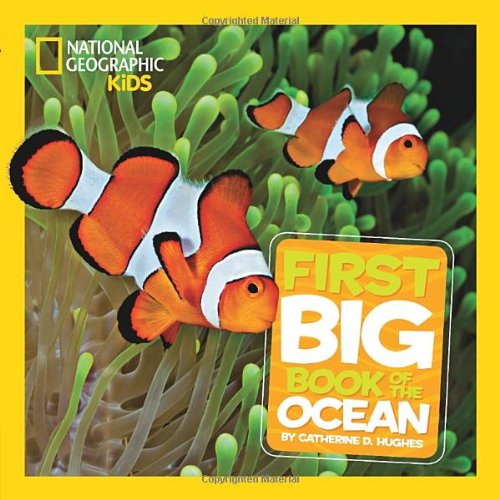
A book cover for National Geographic Little Kids First Big Book of the Ocean (National Geographic Little Kids First Big Books); Catherine D. Hughes; Children's Books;